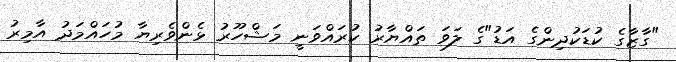
"ގާޒާގެ ކުޑަކުދިންގެ އަޑު"ގެ ލަވަ ތައްޔާރު ކުރައްވަނީ މަޝްހޫރު ޅެންވެރިޔާ މުހައްމަދު އާމިރު